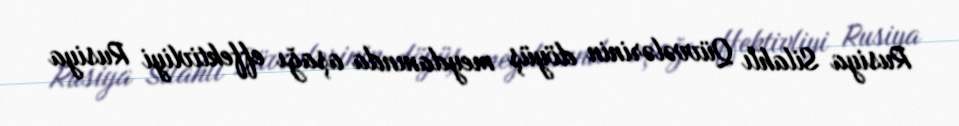
Rusiya Silahlı Qüvvələrinin döyüş meydanında aşağı effektivliyi Rusiya